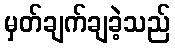
မှတ်ချက်ချခဲ့သည်